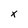
Character: x